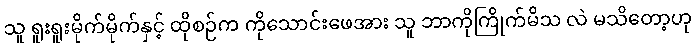
သူ ရူးရူးမိုက်မိုက်နှင့် ထိုစဉ်က ကိုသောင်းဖေအား သူ ဘာကိုကြိုက်မိသ လဲ မသိတော့ဟု